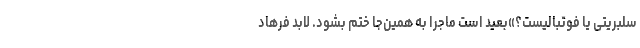
سلبریتی یا فوتبالیست؟»بعید است ماجرا به همین‌جا ختم بشود. لابد فرهاد